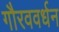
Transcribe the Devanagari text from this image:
गौरववर्धन